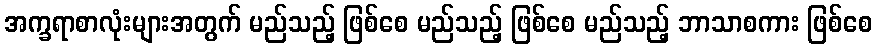
အက္ခရာစာလုံးများအတွက် မည်သည့် ဖြစ်စေ မည်သည့် ဖြစ်စေ မည်သည့် ဘာသာစကား ဖြစ်စေ